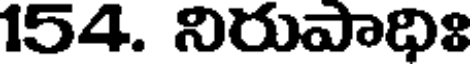
154. నిరుపాధిః